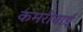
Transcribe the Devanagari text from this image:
कमरीबाई